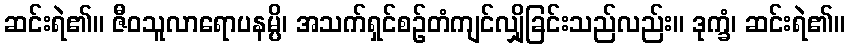
ဆင်းရဲ၏။ ဇီဝသူလာရောပနမ္ပိ၊ အသက်ရှင်စဉ်တံကျင်လျှိုခြင်းသည်လည်း။ ဒုက္ခံ၊ ဆင်းရဲ၏။